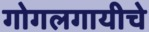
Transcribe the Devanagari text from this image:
गोगलगायीचे